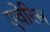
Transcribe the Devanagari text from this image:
एवेरिस